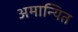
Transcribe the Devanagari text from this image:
अमान्यित